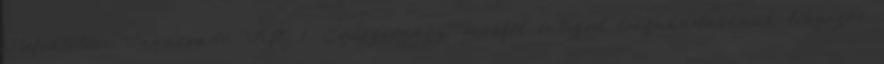
Befektetési Tanácsadó Kft. 1. Egészségügy: másfél évtized leszakadásának tényezői